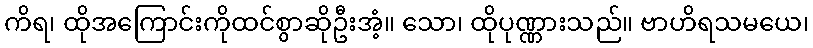
ကိရ၊ ထိုအကြောင်းကိုထင်စွာဆိုဦးအံ့။ သော၊ ထိုပုဏ္ဏားသည်။ ဗာဟိရသမယေ၊